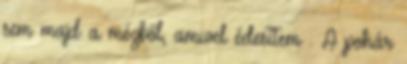
sem majd a mézből, amivel édesítem . A pohár